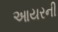
આયરની